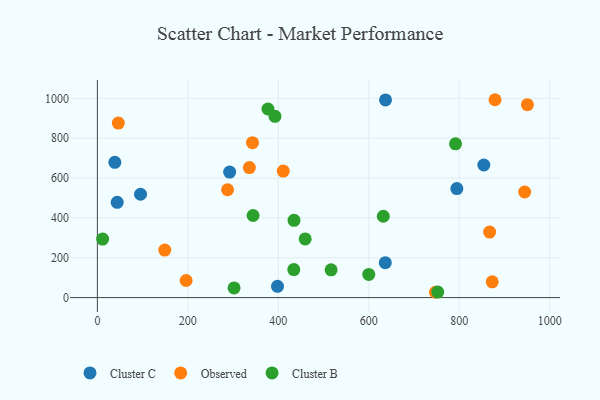
{"axis": {"x": "Price", "y": "Salary"}, "legend": ["Cluster B", "Cluster C", "Observed"], "data": [{"x": "636.5", "y": 175.5, "type": "Cluster C"}, {"x": "794.7", "y": 547.3, "type": "Cluster C"}, {"x": "854.3", "y": 665.6, "type": "Cluster C"}, {"x": "292.4", "y": 629.8, "type": "Cluster C"}, {"x": "43.8", "y": 478.3, "type": "Cluster C"}, {"x": "95.4", "y": 518.7, "type": "Cluster C"}, {"x": "38.6", "y": 678.8, "type": "Cluster C"}, {"x": "398.2", "y": 56.5, "type": "Cluster C"}, {"x": "637.0", "y": 992.2, "type": "Cluster C"}, {"x": "944.7", "y": 530.0, "type": "Observed"}, {"x": "196.2", "y": 85.7, "type": "Observed"}, {"x": "336.0", "y": 652.5, "type": "Observed"}, {"x": "872.9", "y": 79.3, "type": "Observed"}, {"x": "46.3", "y": 876.2, "type": "Observed"}, {"x": "149.0", "y": 238.7, "type": "Observed"}, {"x": "287.8", "y": 541.3, "type": "Observed"}, {"x": "747.4", "y": 26.7, "type": "Observed"}, {"x": "879.1", "y": 993.2, "type": "Observed"}, {"x": "950.6", "y": 968.2, "type": "Observed"}, {"x": "867.2", "y": 328.8, "type": "Observed"}, {"x": "342.9", "y": 777.7, "type": "Observed"}, {"x": "410.9", "y": 635.3, "type": "Observed"}, {"x": "344.2", "y": 412.0, "type": "Cluster B"}, {"x": "791.8", "y": 771.6, "type": "Cluster B"}, {"x": "516.7", "y": 139.2, "type": "Cluster B"}, {"x": "377.1", "y": 946.7, "type": "Cluster B"}, {"x": "600.0", "y": 116.4, "type": "Cluster B"}, {"x": "11.6", "y": 293.6, "type": "Cluster B"}, {"x": "459.4", "y": 294.6, "type": "Cluster B"}, {"x": "302.2", "y": 48.7, "type": "Cluster B"}, {"x": "392.6", "y": 909.8, "type": "Cluster B"}, {"x": "434.7", "y": 387.9, "type": "Cluster B"}, {"x": "434.2", "y": 140.5, "type": "Cluster B"}, {"x": "752.4", "y": 27.6, "type": "Cluster B"}, {"x": "632.1", "y": 408.4, "type": "Cluster B"}]}